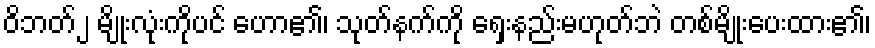
ဝိဘတ်၂ မျိုးလုံးကိုပင် ဟော၏၊ သုတ်နက်ကို ရှေးနည်းမဟုတ်ဘဲ တစ်မျိုးပေးထား၏၊